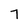
Character: 7